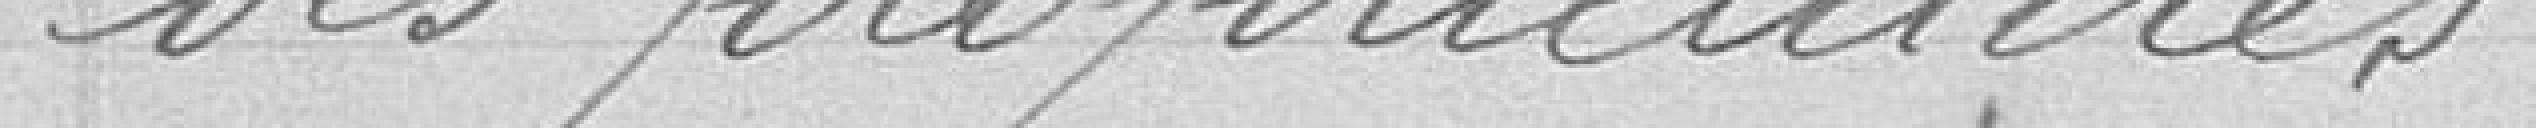
des propriétaires.